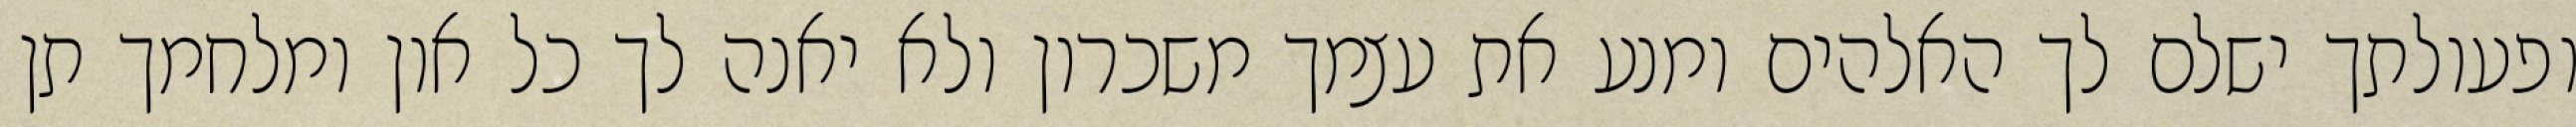
ופעולתך ישלם לך האלהים ומנע את עצמך משכרון ולא יאנה לך כל און ומלחמך תן